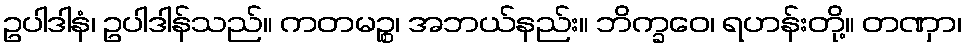
ဥပါဒါနံ၊ ဥပါဒါန်သည်။ ကတမဉ္စ၊ အဘယ်နည်း။ ဘိက္ခဝေ၊ ရဟန်းတို့။ တဏှာ၊